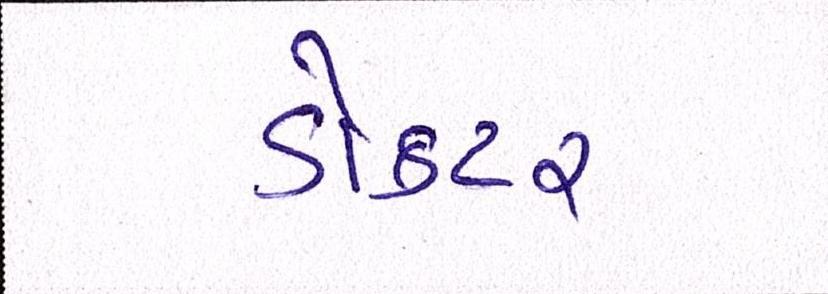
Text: ડોકટર